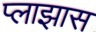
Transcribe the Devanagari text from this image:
प्लाझास